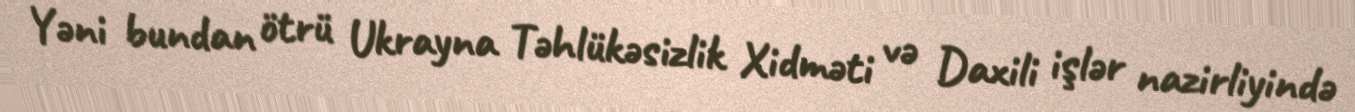
Yəni bundan ötrü Ukrayna Təhlükəsizlik Xidməti və Daxili işlər nazirliyində